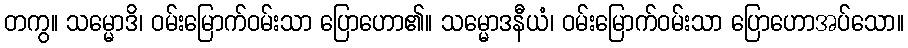
တကွ။ သမ္မောဒိ၊ ဝမ်းမြောက်ဝမ်းသာ ပြောဟော၏။ သမ္မောဒနီယံ၊ ဝမ်းမြောက်ဝမ်းသာ ပြောဟောအပ်သော။